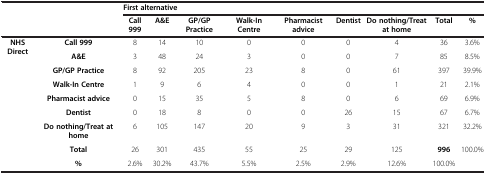
<table><thead><tr><td rowspan="2" colspan="2"><b> </b></td><td colspan="9"><b>First alternative</b></td></tr><tr><td><b>Call 999</b></td><td><b>A&amp;E</b></td><td><b>GP/GP Practice</b></td><td><b>Walk-In Centre</b></td><td><b>Pharmacist advice</b></td><td><b>Dentist</b></td><td><b>Do nothing/Treat at home</b></td><td><b>Total</b></td><td><b>%</b></td></tr></thead><tbody><tr><td rowspan="9"><b>NHS Direct</b></td><td><b>Call 999</b></td><td>8</td><td>14</td><td>10</td><td>0</td><td>0</td><td>0</td><td>4</td><td>36</td><td>3.6%</td></tr><tr><td><b>A</b><b>&amp;E</b></td><td>3</td><td>48</td><td>24</td><td>3</td><td>0</td><td>0</td><td>7</td><td>85</td><td>8.5%</td></tr><tr><td><b>GP/GP Practice</b></td><td>8</td><td>92</td><td>205</td><td>23</td><td>8</td><td>0</td><td>61</td><td>397</td><td>39.9%</td></tr><tr><td><b>Walk-In Centre</b></td><td>1</td><td>9</td><td>6</td><td>4</td><td>0</td><td>0</td><td>1</td><td>21</td><td>2.1%</td></tr><tr><td><b>Pharmacist advice</b></td><td>0</td><td>15</td><td>35</td><td>5</td><td>8</td><td>0</td><td>6</td><td>69</td><td>6.9%</td></tr><tr><td><b>Dentist</b></td><td>0</td><td>18</td><td>8</td><td>0</td><td>0</td><td>26</td><td>15</td><td>67</td><td>6.7%</td></tr><tr><td><b>Do nothing/Treat at home</b></td><td>6</td><td>105</td><td>147</td><td>20</td><td>9</td><td>3</td><td>31</td><td>321</td><td>32.2%</td></tr><tr><td><b>Total</b></td><td>26</td><td>301</td><td>435</td><td>55</td><td>25</td><td>29</td><td>125</td><td><b>996</b></td><td>100.0%</td></tr><tr><td><b>%</b></td><td>2.6%</td><td>30.2%</td><td>43.7%</td><td>5.5%</td><td>2.5%</td><td>2.9%</td><td>12.6%</td><td>100.0%</td><td> </td></tr></tbody></table>